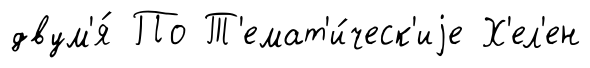
двум'я́ По Т'емат'и́ческ'иjе Х'ел'ен